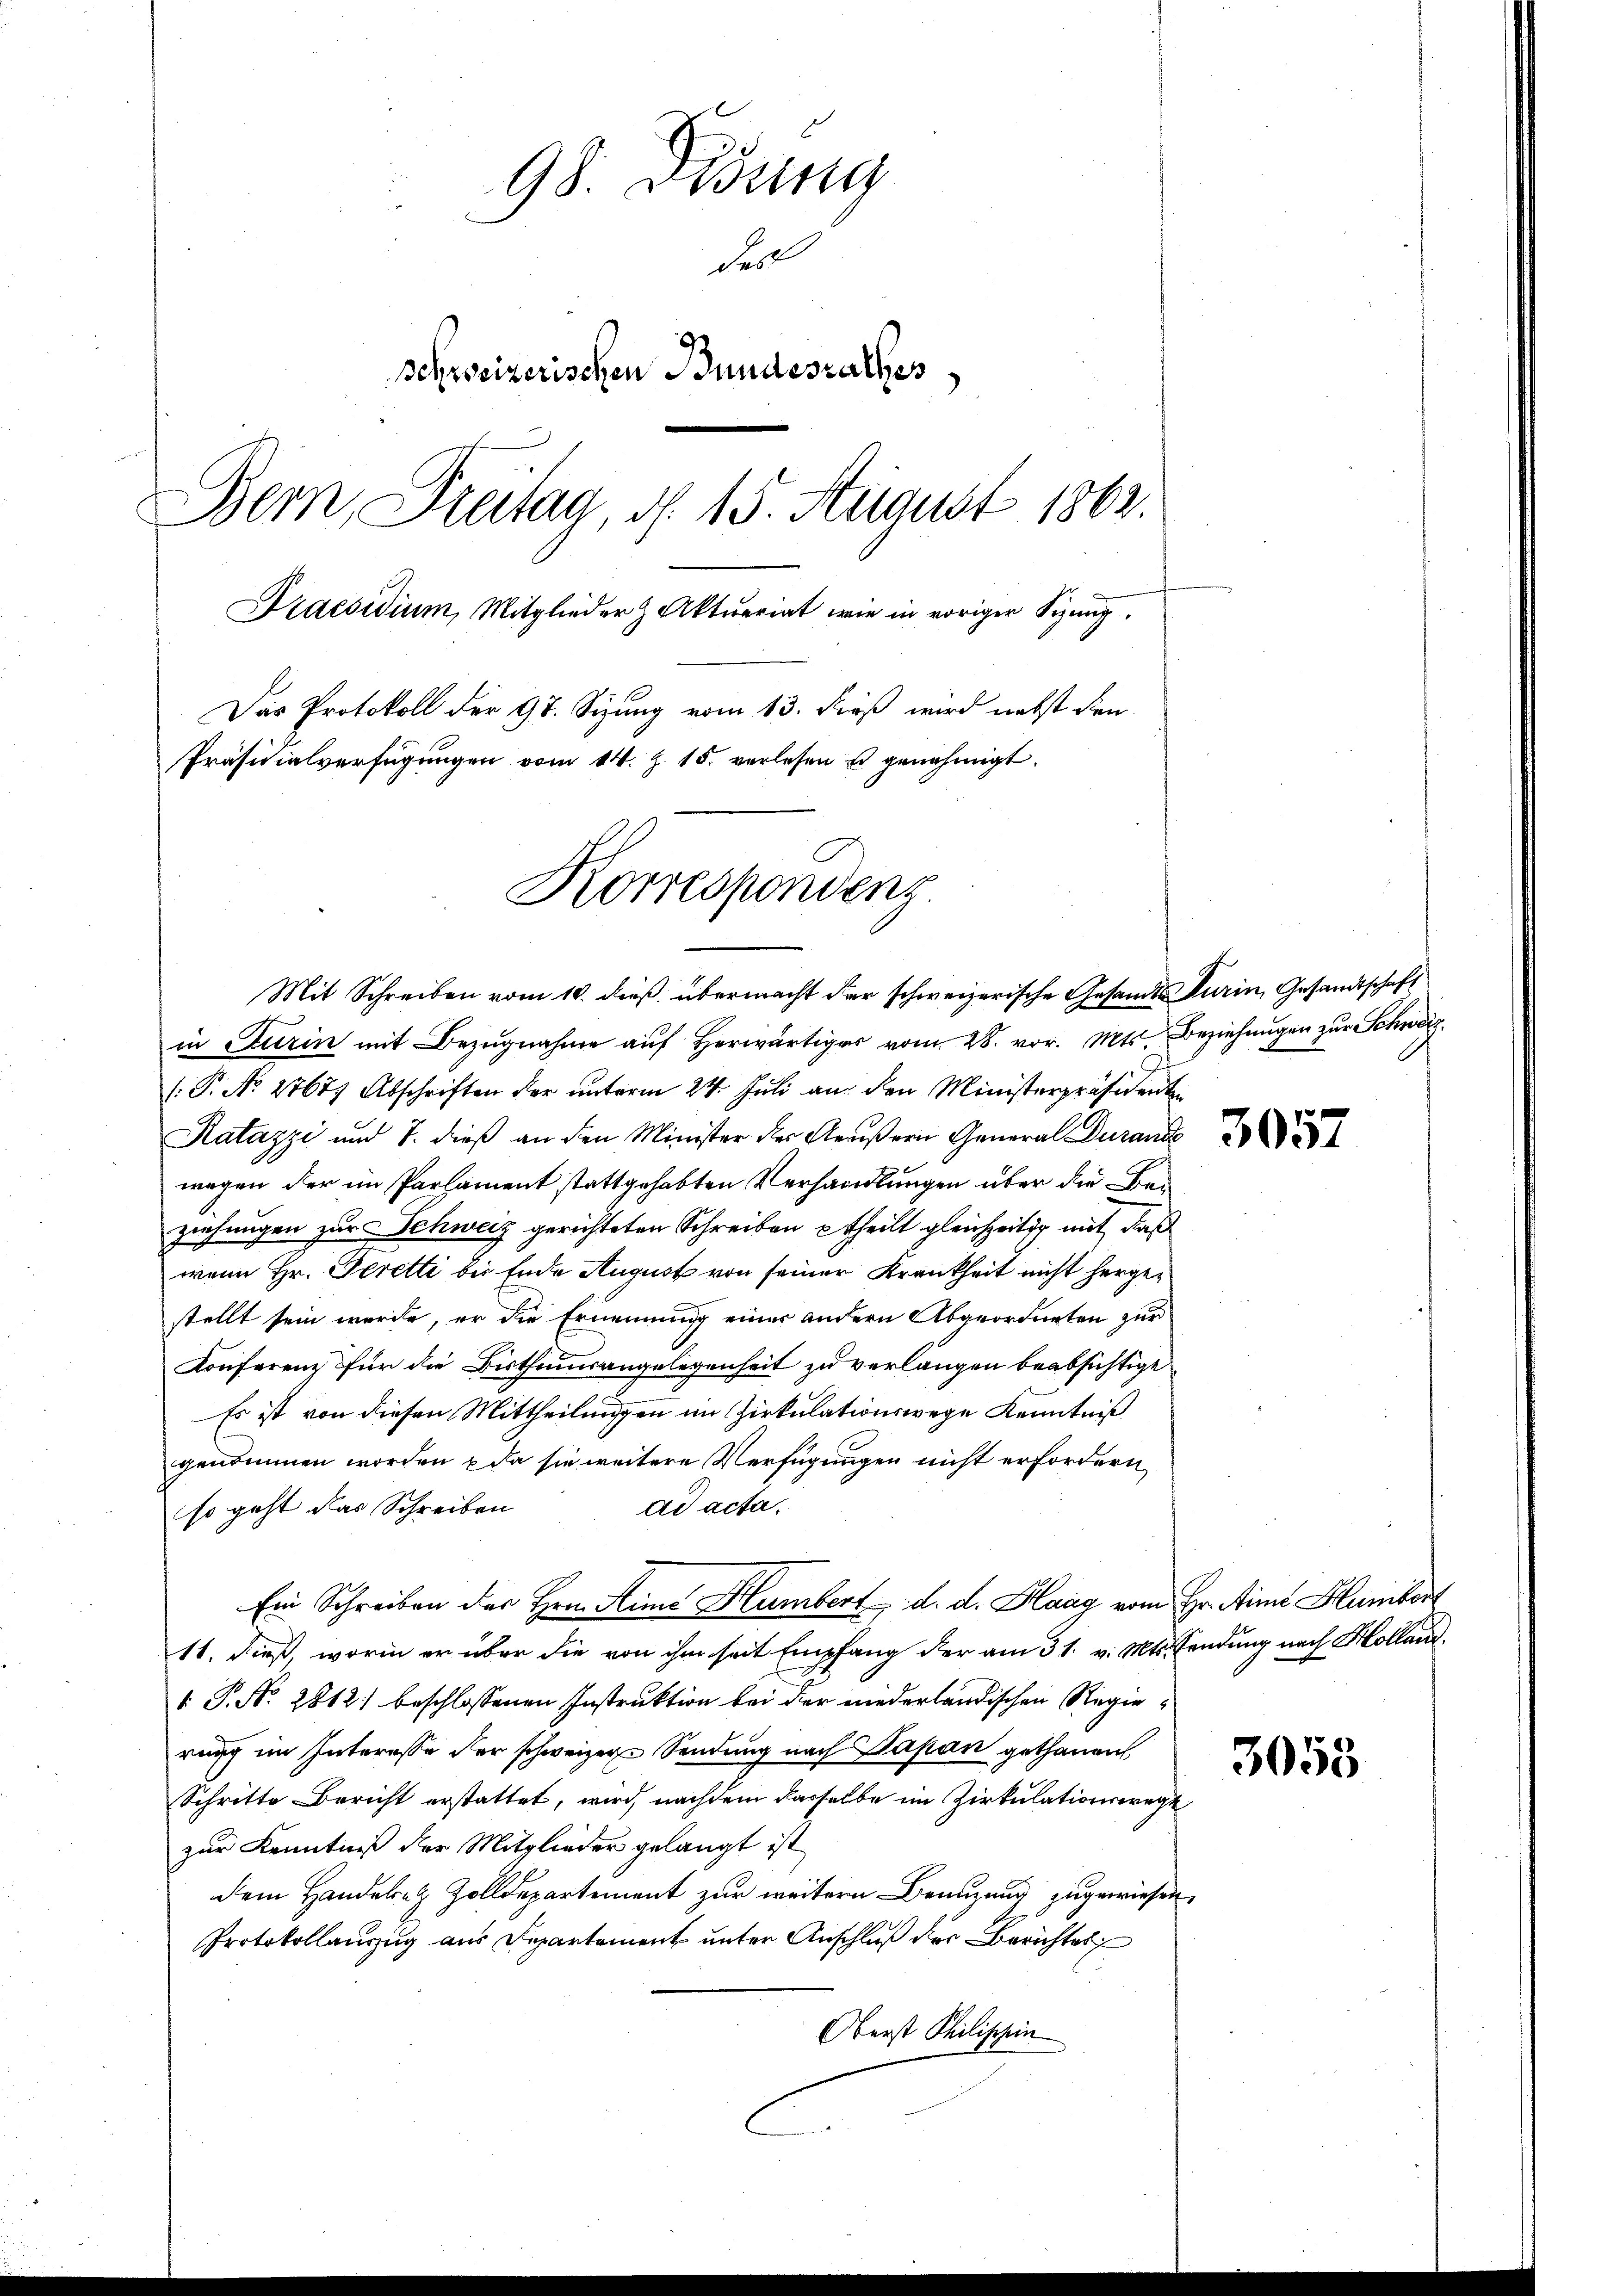
98. Disung
derl
schweizerischen Bundesrathes
Bern, Freitag, d. 15. August 1862.
Praesidium, Mitglieder & Aktuariat wie in voriger Sizung
Das Protokoll der 97. Sizung vom 13. dieß wird nebst den
Präsidialverfügungen vom 14. Z. 15. verlesen u genehmigt.

Korrespondenz

Mit Schreiben vom 10. dieß übermacht der schweizerische Gesandt Turin, Gesandtschaft
in Turin mit Bezugnahme aŭf herwärtiger vom 28. vor. Mts. Beziehungen zur Schwarz¬
/. P. No 27677 Abschriften der ŭnterm 24. Jŭli an den Ministerpräsidenten
Ratazzi und 7. dieß an den Minister der Aeußern General Durande
wagen der im Parlament stattgehabten Verhandlungen über die Beziehungen zur Schweiz gerichteten Schreiben theilt gleichzeitig mit, daß
wenn Hr. Peretti bis Ende August von seiner Krankheit nicht hergestellt sein werde, er die Ernennung einer andern Abgeordneten zur
Konferenz für die Bisthumsangelegenheit zu verlangen beabsichtige
Es ist von diesen Mittheilungen im Zirkulationswege Kenntniß
genommen worden, da sie weitere Verfügungen nicht erfordern,
ad acta,
so geht das Schreiben
Ein Schreiben des Hrn. Hime Humbert d. d. Haag vom Hr. Ain Humbert
11. dieß, worin er über die von ihm seit Empfang der am 31. v. Mts. sendung nach Hollar
 P. Nr. 2812. beschlossenen Instruktion bei der niederländischen Regierung im Interesse der schweizere Sendung nach Papan gethanen,
Schritte Bericht erstattet, wird, nachdem dasselbe im Zirkulationswege
zur Kenntniß der Mitglieder gelangt ist
dem Handelrez Zolldepartement zur weitern Benuzung zugewiesen.
Protokollanzug aus Departement unter Anschluß der Berichtes
Oberst Philischein

3057

3055